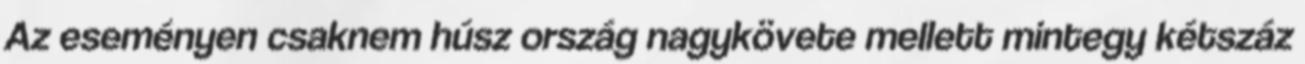
Az eseményen csaknem húsz ország nagykövete mellett mintegy kétszáz